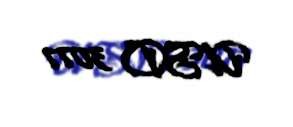
USD 3077